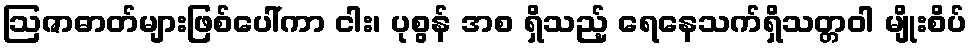
ဩဇာဓာတ်များဖြစ်ပေါ်ကာ ငါး၊ ပုစွန် အစ ရှိသည့် ရေနေသက်ရှိသတ္တဝါ မျိုးစိပ်